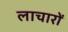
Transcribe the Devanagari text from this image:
लाचारों